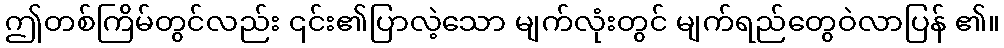
ဤတစ်ကြိမ်တွင်လည်း ၎င်း၏ပြာလဲ့သော မျက်လုံးတွင် မျက်ရည်တွေဝဲလာပြန် ၏။